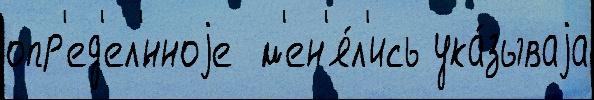
опр'ед'ел'́нноjе  м'ен'я́л'ись ука́зываjа